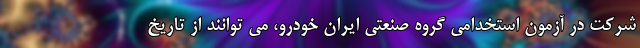
شرکت در آزمون استخدامی گروه صنعتی ایران خودرو، می توانند از تاریخ